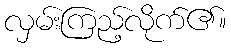
လှမ်းကြည့်လိုက်၏။